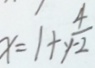
x = 1 + \frac { 4 } { y - 2 }